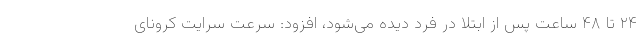
۲۴ تا ۴۸ ساعت پس از ابتلا در فرد دیده می‌شود، افزود: سرعت سرایت کرونای